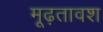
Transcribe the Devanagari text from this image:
मूढ़तावश